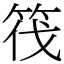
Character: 筏